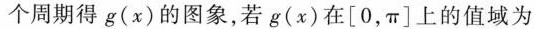
个周期得g(x)的图象，若g(x)在[0，π]上的值域为